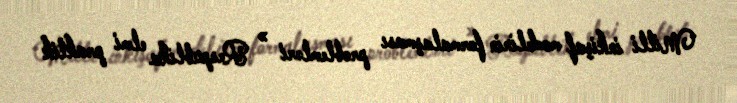
Milli inkişaf modelinin formalaşması problemləri » Respublika elmi praktik